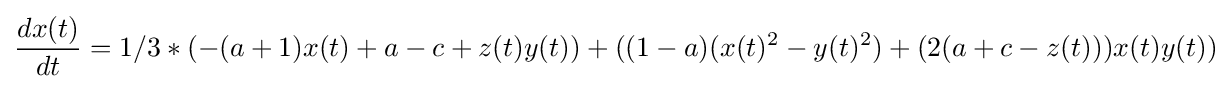
{\frac {dx(t)}{dt}}=1/3*(-(a+1)x(t)+a-c+z(t)y(t))+((1-a)(x(t)^{2}-y(t)^{2})+(2(a+c-z(t)))x(t)y(t))